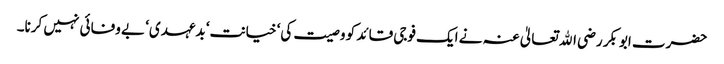
حضرت ابوبکر رضی اﷲ تعالیٰ عنہ نے ایک فوجی قائد کو وصیت کی‘ خیانت‘ بدعہدی‘ بے وفائی نہیں کرنا۔